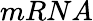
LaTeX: mRNA